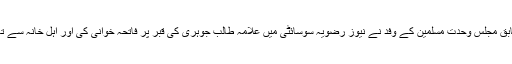
تفصیلات کے مطابق مجلس وحدت مسلمین کے وفد نے نیوز رضویہ سوسائٹی میں علامہ طالب جوہری کی قبر پر فاتحہ خوانی کی اور اہل خانہ سے تعزیتی ملاقات کی۔